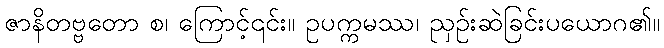
ဇာနိတဗ္ဗတော စ၊ ကြောင့်၎င်း။ ဥပက္ကမဿ၊ ညှဉ်းဆဲခြင်းပယောဂ၏။